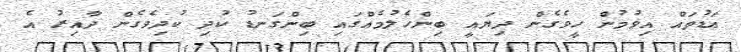
އަޑުތައް އިވުމުން ހީވެގެން ދިޔައީ ބިންހެލުމެއްގައި ބިންގަނޑު ކުދި ކުދިވެގެން ދާއިރު އެ